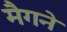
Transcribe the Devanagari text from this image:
मैगने